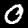
Digit: 0